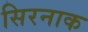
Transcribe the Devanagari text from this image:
सिरनाक